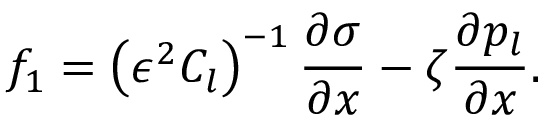
f _ { 1 } = \left( \epsilon ^ { 2 } C _ { l } \right) ^ { - 1 } \frac { \partial \sigma } { \partial x } - \zeta \frac { \partial p _ { l } } { \partial x } .